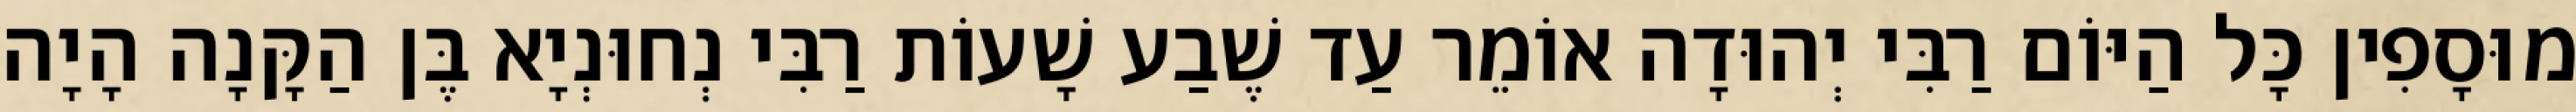
מוּסָפִין כָּל הַיּוֹם רַבִּי יְהוּדָה אוֹמֵר עַד שֶׁבַע שָׁעוֹת רַבִּי נְחוּנְיָא בֶּן הַקָּנָה הָיָה